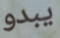
يبدو